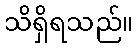
သိရှိရသည်။